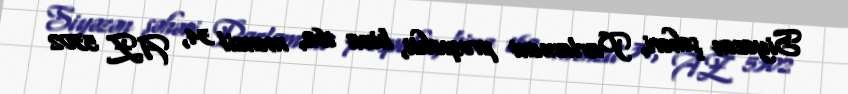
Siyəzən şəhəri, Parlament prospekti, bina 162, mənzil 34, AZ 5302